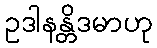
ဥဒါနန္တိဒမာဟု